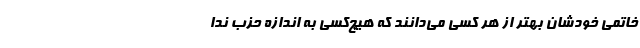
خاتمی خودشان بهتر از هر کسی می‌دانند که هیچ‌کسی به اندازه حزب ندا